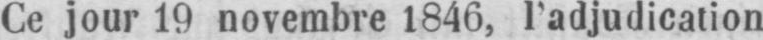
Ce jour 19 novembre 1846, l’adjudication